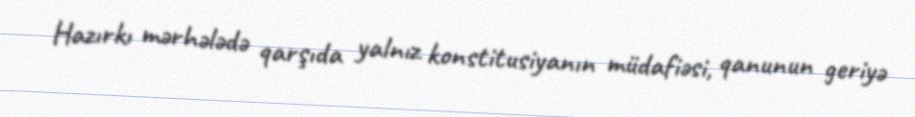
Hazırkı mərhələdə qarşıda yalnız konstitusiyanın müdafiəsi, qanunun geriyə